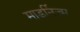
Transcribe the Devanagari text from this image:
माडर्निज़्म